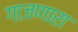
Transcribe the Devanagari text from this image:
गाजणारा